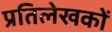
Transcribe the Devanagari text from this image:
प्रतिलेखकों